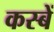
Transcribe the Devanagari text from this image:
कस्‍बें